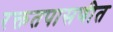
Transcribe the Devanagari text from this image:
रक्ततपासणीत